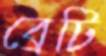
ব্রেটি